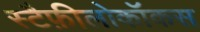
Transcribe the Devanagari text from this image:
स्टैफ़ीलोकॉकस